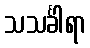
သသင်္ခါရာ